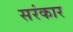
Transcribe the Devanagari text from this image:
सरंकार